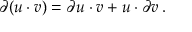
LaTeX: \partial ( u \cdot v ) = \partial u \cdot v + u \cdot \partial v \, .